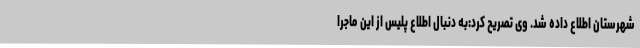
شهرستان اطلاع داده شد. وی تصریح کرد:به دنبال اطلاع پلیس از این ماجرا